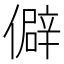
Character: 僻